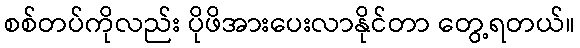
စစ်တပ်ကိုလည်း ပိုဖိအားပေးလာနိုင်တာ တွေ့ရတယ်။